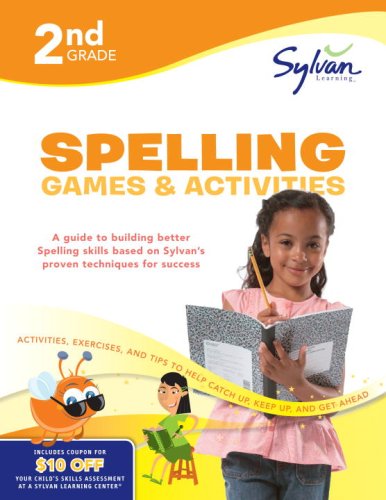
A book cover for Second Grade Spelling Games & Activities (Sylvan Workbooks) (Language Arts Workbooks); Sylvan Learning; Reference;